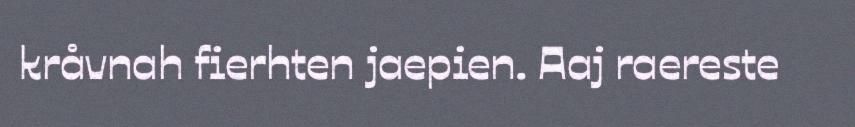
kråvnah fierhten jaepien. Aaj raereste